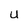
Character: U